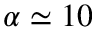
\alpha \simeq 1 0